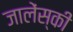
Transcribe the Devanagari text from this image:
जालेंस्की